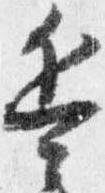
兵